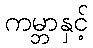
ကမ္ဘာနှင့်